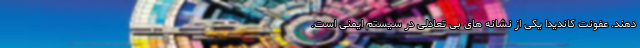
دهند. عفونت کاندیدا یکی از نشانه های بی تعادلی در سیستم ایمنی است.